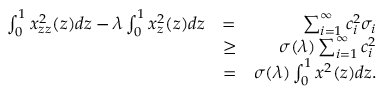
\begin{array} { r l r } { \int _ { 0 } ^ { 1 } x _ { z z } ^ { 2 } ( z ) d z - \lambda \int _ { 0 } ^ { 1 } x _ { z } ^ { 2 } ( z ) d z } & { = } & { \sum _ { i = 1 } ^ { \infty } c _ { i } ^ { 2 } \sigma _ { i } } \\ & { \geq } & { \sigma ( \lambda ) \sum _ { i = 1 } ^ { \infty } c _ { i } ^ { 2 } } \\ & { = } & { \sigma ( \lambda ) \int _ { 0 } ^ { 1 } x ^ { 2 } ( z ) d z . } \end{array}